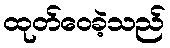
ထုတ်ဝေခဲ့သည်